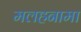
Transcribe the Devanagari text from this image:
मलहनामा